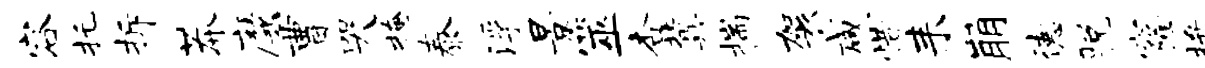
容托拆莽靡曹哭掩泰浮景筮杏冀揣袈咸惜耒崩德脱窿拚